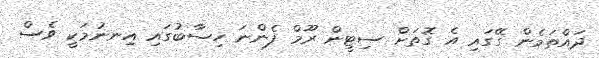
ދައްތަމެން ގޭގައި އެ ގޮތަށް ސިޓީން ރޫމް ފެންނަ ހިސާބުގައި އިނނުމަކީ ވެސް